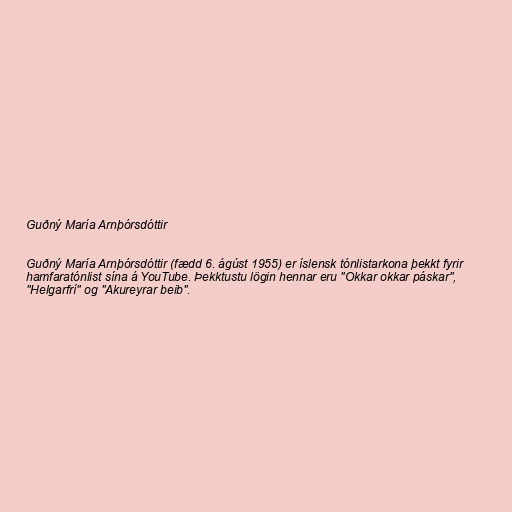
Guðný María Arnþórsdóttir

Guðný María Arnþórsdóttir (fædd 6. ágúst 1955) er íslensk tónlistarkona þekkt fyrir
hamfaratónlist sína á YouTube. Þekktustu lögin hennar eru "Okkar okkar páskar",
"Helgarfrí" og "Akureyrar beib".